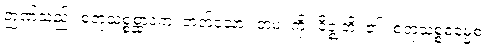
ဉာဏ်သည်။ စတုသစ္စစ္ဆာဒကံ၊ တတ်သော။ တမံ၊ ကို။ ဝိဇ္ဈတိ၊ ၏။ စတုသစ္စဓမ္မေစ၊